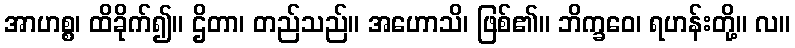
အာဟစ္စ၊ ထိခိုက်၍။ ဌိတာ၊ တည်သည်။ အဟောသိ၊ ဖြစ်၏။ ဘိက္ခဝေ၊ ရဟန်းတို့။ လ။